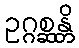
ဥဂ္ဂစ္ဆန္တိ